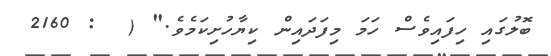
ބޮލުގައި ހިފައިވެސް ހަމަ މިފަދައިން ކިޔާހުށިކަމެވެ." (  : 2160